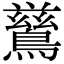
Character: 𮭋